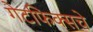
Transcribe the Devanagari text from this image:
गेटफिक्सचे